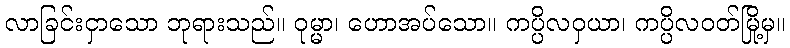
လာခြင်းငှာသော ဘုရားသည်။ ဝုမ္မာ၊ ဟောအပ်သော။ ကပ္ပိလဝှယာ၊ ကပ္ပိလဝတ်မြို့မှ။